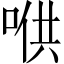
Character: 𱓋